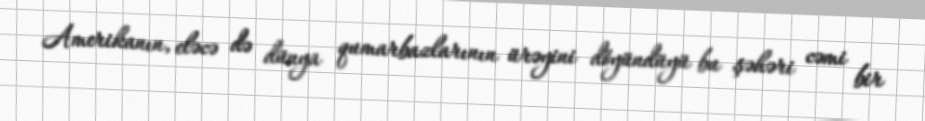
Amerikanın, eləcə də dünya qumarbazlarının ürəyini döyündüyü bu şəhəri cəmi bir